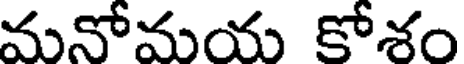
మనోమయ కోశం